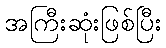
အကြီးဆုံးဖြစ်ပြီး